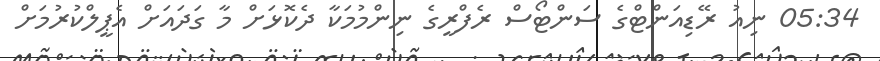
05:34 ނިއު ރޭޑިއަންޓްގެ ސަންޓޯސް ރެފްރީގެ ނިންމުމަކާ ދެކޮޅަށް މާ ގަދައަށް އެޕީލްކުރުމަށް